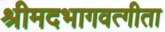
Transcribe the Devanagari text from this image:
श्रीमदभागवत्गीता